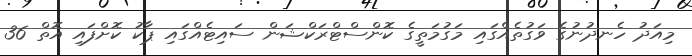
މިއަދު ހެނދުނުގެ ވަގުތެއްގައި މަގުމަތީގެ ކޮންސްޓްރަކްޝަން ސައިޓެއްގައި ޕާކު ކޮށްފައި އޮތް 36